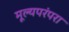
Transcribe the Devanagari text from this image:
मूल्यपरंपरा